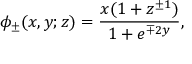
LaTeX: \phi _ { \pm } ( x , y ; z ) = \frac { x ( 1 + z ^ { \pm 1 } ) } { 1 + e ^ { \mp 2 y } } ,